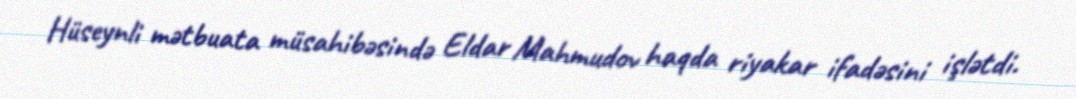
Hüseynli mətbuata müsahibəsində Eldar Mahmudov haqda riyakar ifadəsini işlətdi.